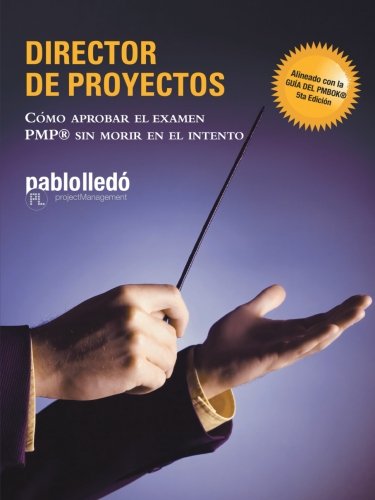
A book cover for Director de Proyectos: CÃ³mo Aprobar El Examen PMP Sin Morir En El Intento (Spanish Edition); Pablo LledÃ³; Test Preparation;